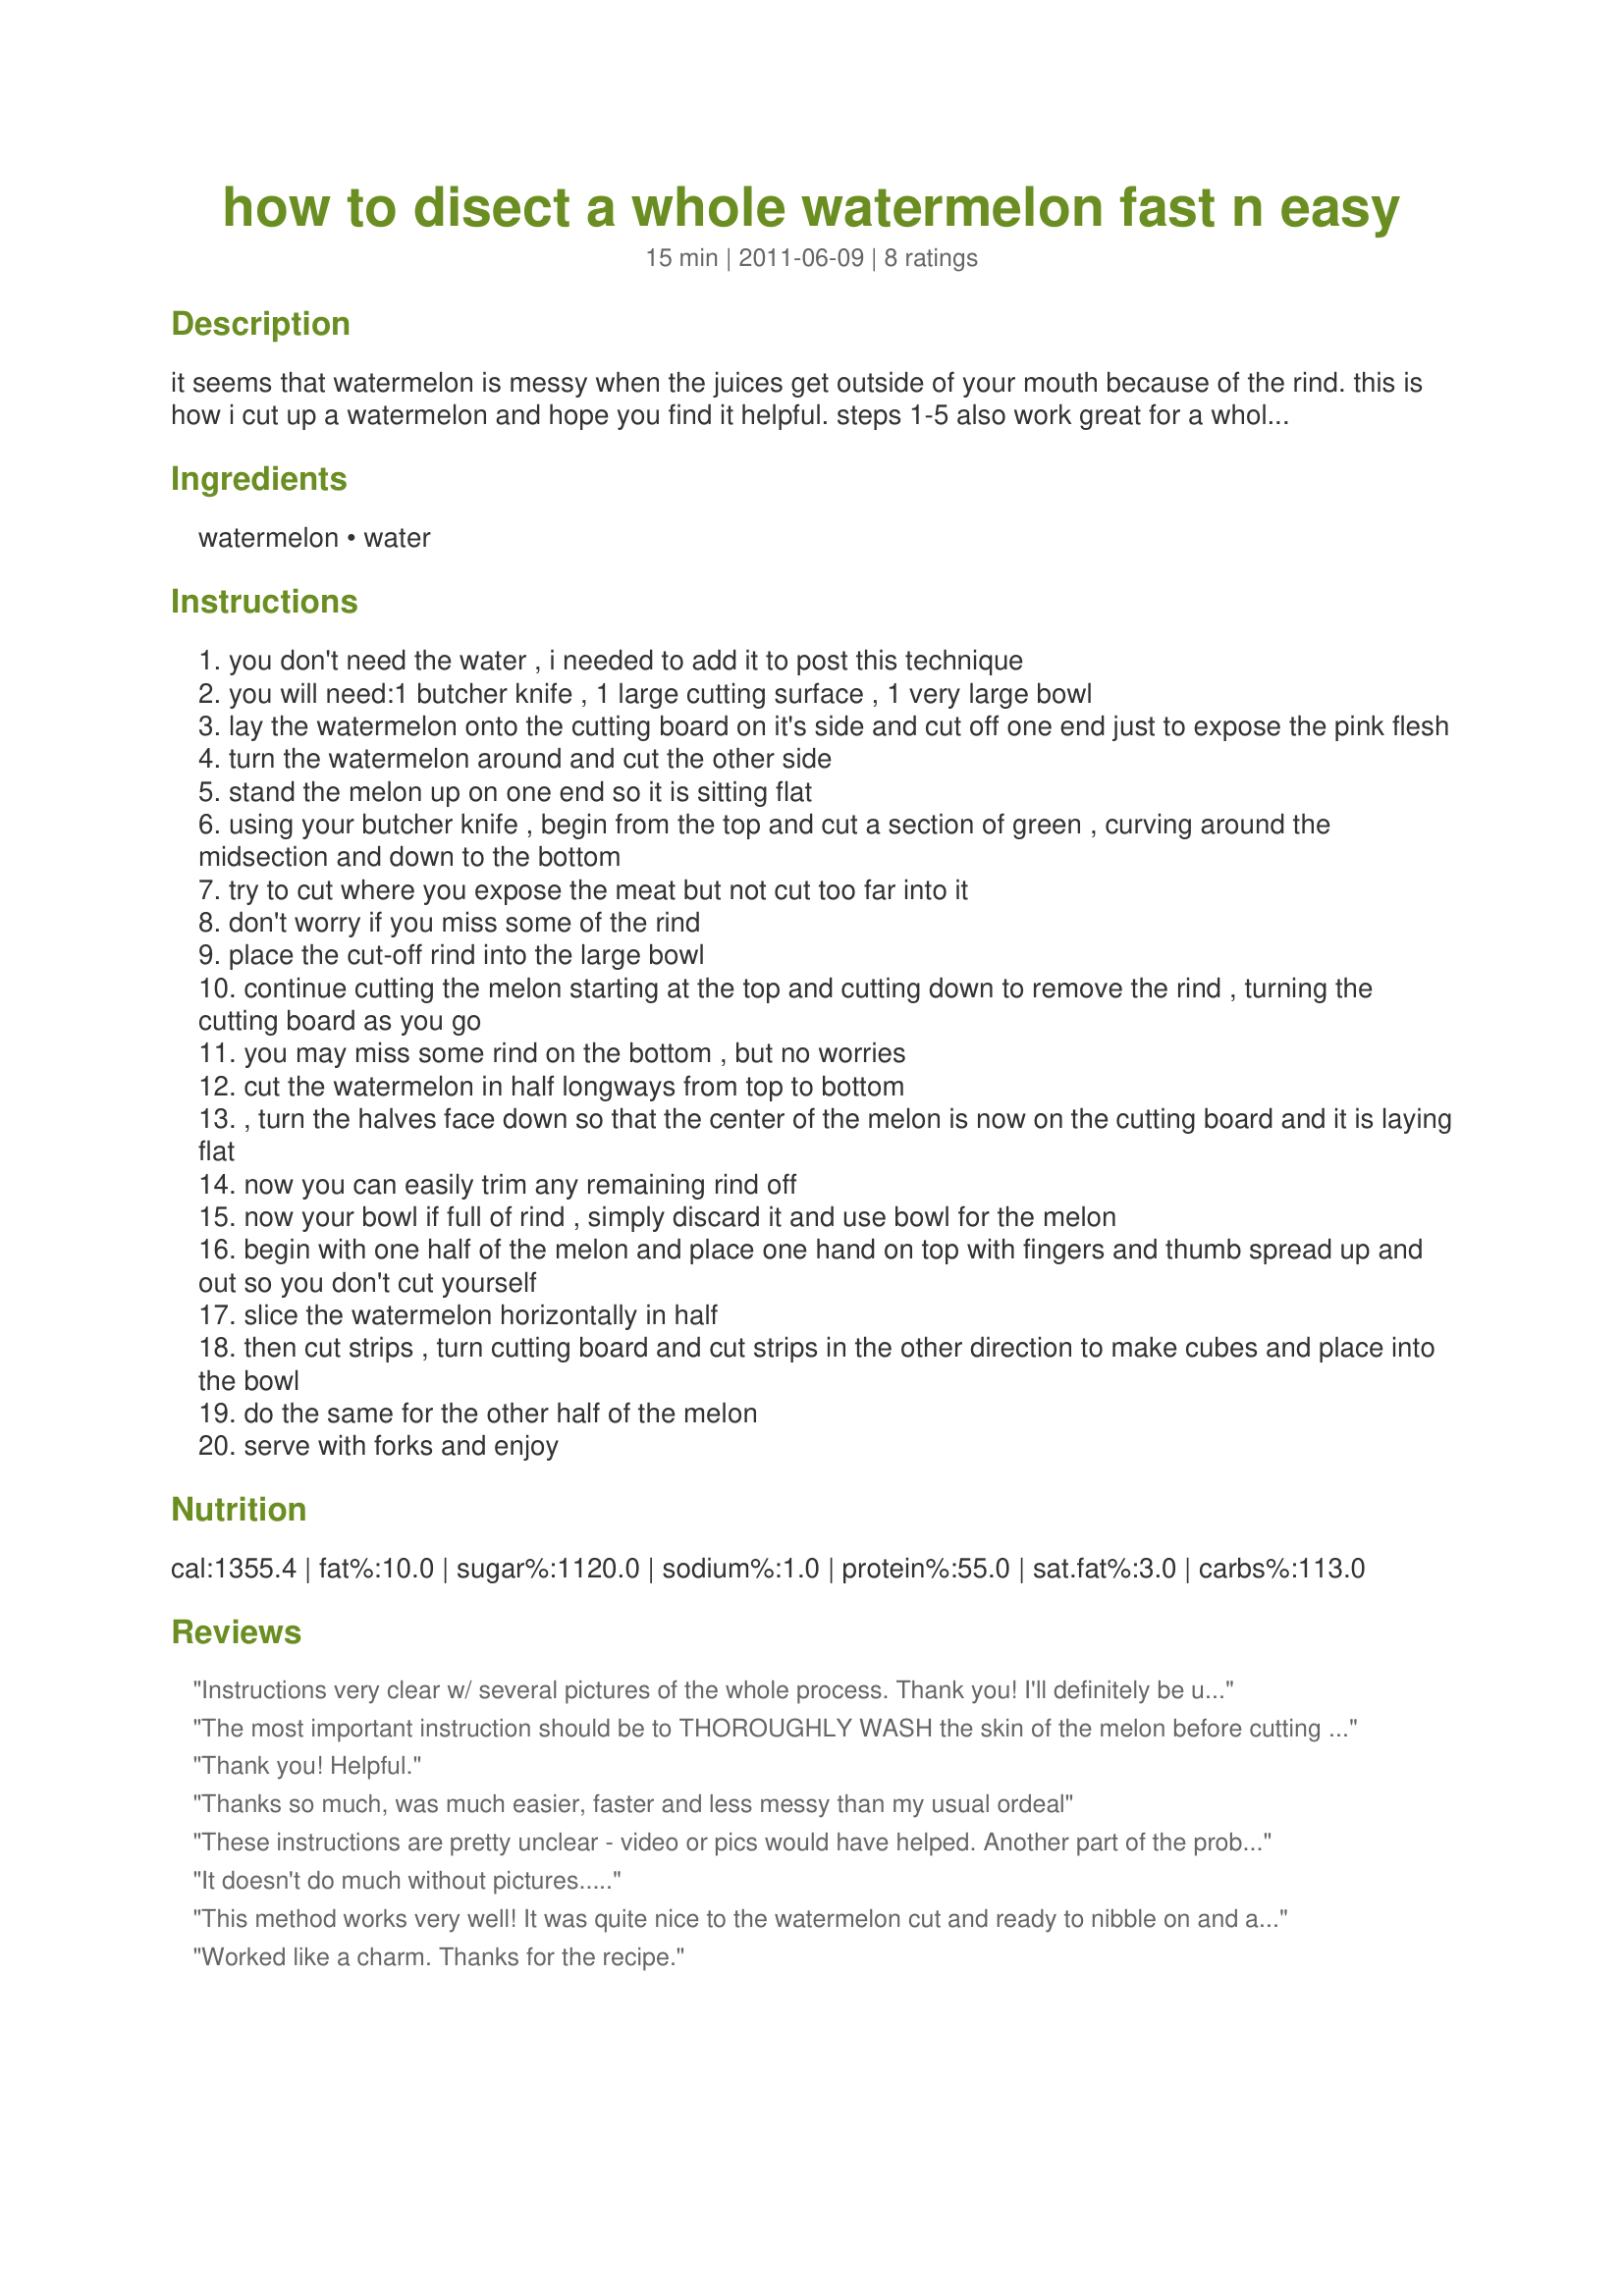
how to disect a whole watermelon fast n easy
Preparation time: 15 minutes

it seems that watermelon is messy when the juices get outside of your mouth because of the rind. this is how i cut up a watermelon and hope you find it helpful. steps 1-5 also work great for a whole pineapple. this is also a great base for fruit salad. simply add some grapes, strawberries, kiwi, etc. toss and serve at your next outdoor gathering.

Ingredients:
watermelon, water

Steps:
you don't need the water , i needed to add it to post this technique
you will need:1 butcher knife , 1 large cutting surface , 1 very large bowl
lay the watermelon onto the cutting board on it's side and cut off one end just to expose the pink flesh
turn the watermelon around and cut the other side
stand the melon up on one end so it is sitting flat
using your butcher knife , begin from the top and cut a section of green , curving around the midsection and down to the bottom
try to cut where you expose the meat but not cut too far into it
don't worry if you miss some of the rind
place the cut-off rind into the large bowl
continue cutting the melon starting at the top and cutting down to remove the rind , turning the cutting board as you go
you may miss some rind on the bottom , but no worries
cut the watermelon in half longways from top to bottom
, turn the halves face down so that the center of the melon is now on the cutting board and it is laying flat
now you can easily trim any remaining rind off
now your bowl if full of rind , simply discard it and use bowl for the melon
begin with one half of the melon and place one hand on top with fingers and thumb spread up and out so you don't cut yourself
slice the watermelon horizontally in half
then cut strips , turn cutting board and cut strips in the other direction to make cubes and place into the bowl
do the same for the other half of the melon
serve with forks and enjoy

Reviews:
Instructions very clear w/ several pictures of the whole process. Thank you! I'll definitely be using this technique on the 4th
The most important instruction should be to THOROUGHLY WASH the skin of the melon before cutting into it. Otherwise, you are inoculating the flesh with all the bacteria from the field and the pickers and everyone who handled it, and exposing those who eat it to some really nasty pathogens. This is true of nearly all fruit.
Thank you! Helpful.
Thanks so much, was much easier, faster and less messy than my usual ordeal
These instructions are pretty unclear - video or pics would have helped. Another part of the problem is that you don't describe what the instructions are for, i.e.: cutting off the rind and cubing the watermelon. For some stupid reason, GeniusKitchen.com is promoting this recipe as if it showed how to cut uniform watermelon slices like a pro.
It doesn't do much without pictures.....
This method works very well! It was quite nice to the watermelon cut and ready to nibble on and add to fruit salads. Thanks for the post.
Worked like a charm. Thanks for the recipe.
